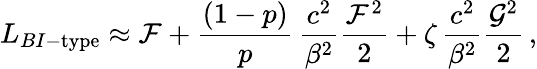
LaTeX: L_{BI-\textrm{type}}\approx\mathcal{F}+\frac{(1-p)}{p}\, \frac{c^{2}}{\beta^{2}}\frac{\mathcal{F}^{2}}{2}+\zeta\, \frac{c^{2}}{\beta^{2}}\frac{\mathcal{G}^{2}}{2}\, ,